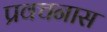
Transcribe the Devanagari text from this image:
प्रवचनास